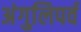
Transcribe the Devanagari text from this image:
अंगुलिपर्व